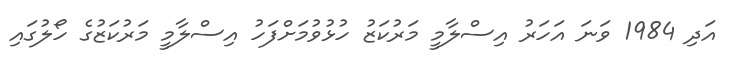
އަދި 1984 ވަނަ އަހަރު އިސްލާމީ މަރުކަޒު ހުޅުވުމަށްފަހު އިސްލާމީ މަރުކަޒުގެ ހޯލުގައި